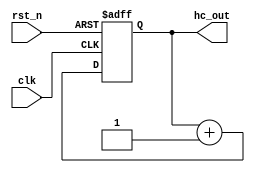
`timescale 1ns / 1ps
//////////////////////////////////////////////////////////////////////////////////
// Company: 
// Engineer: 
// 
// Design Name: 
// Module Name:    harware_counter 
// Project Name: 
// Target Devices: 
// Tool versions: 
// Description: 
//
// Dependencies: 
//
// Revision: 
// Revision 0.01 - File Created
// Additional Comments: 
//
//////////////////////////////////////////////////////////////////////////////////
module hardware_counter (
    input wire clk,
    input wire rst_n,
    output wire [31:0] hc_out
);

    reg [31:0] cycles;

    assign hc_out = cycles;

    always @(posedge clk or negedge rst_n) begin
        if (!rst_n) begin
            cycles <= 32'd0;
        end else begin
            cycles <= cycles + 1;
        end
    end

endmodule